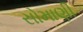
સોમાણી